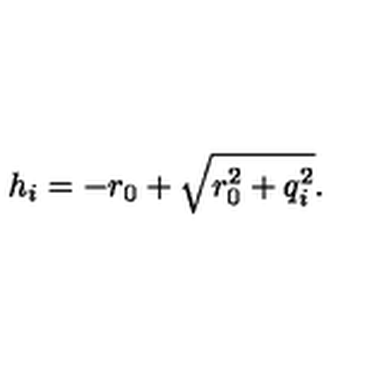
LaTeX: h _ { i } = - r _ { 0 } + \sqrt { r _ { 0 } ^ { 2 } + q _ { i } ^ { 2 } } .